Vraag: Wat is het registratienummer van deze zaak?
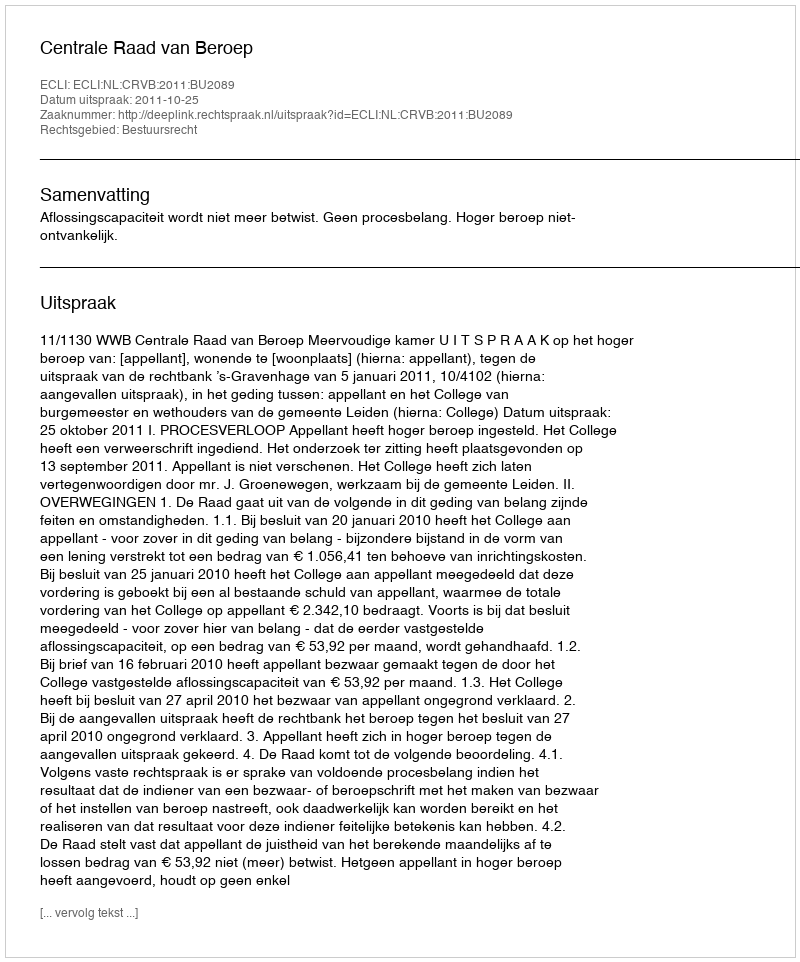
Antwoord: http://deeplink.rechtspraak.nl/uitspraak?id=ECLI:NL:CRVB:2011:BU2089